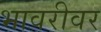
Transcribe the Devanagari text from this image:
भावरीवर